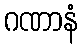
ဂဏာနံ